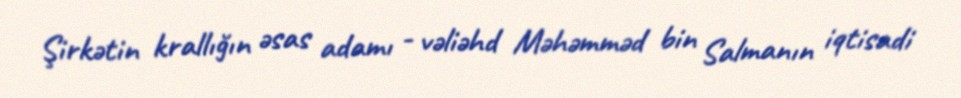
Şirkətin krallığın əsas adamı - vəliəhd Məhəmməd bin Salmanın iqtisadi